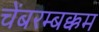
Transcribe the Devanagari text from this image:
चेंबरम्बक्कम